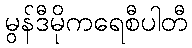
မွန်ဒီမိုကရေစီပါတီ